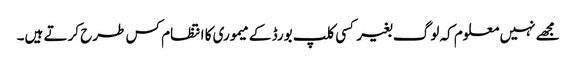
مجھے نہیں معلوم کہ لوگ بغیر کسی کلپ بورڈ کے میموری کا انتظام کس طرح کرتے ہیں۔